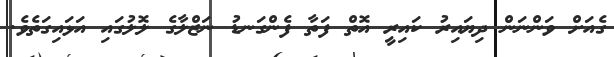
ގެއަށް ވަންނަން ދިޔައިރު ކައިރީ އޮތް ފަތާ ފެންގަނޑު ނަޒްލާގެ ލޮލުގައި އަޅައިގަތެވެ.